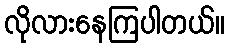
လိုလားနေကြပါတယ်။